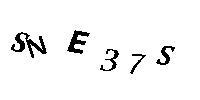
SNE37S